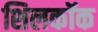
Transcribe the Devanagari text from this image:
शिलकॉक